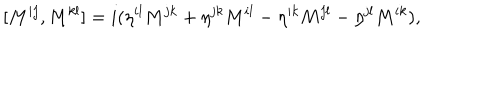
[ M ^ { i j } , M ^ { k l } ] = i ( \eta ^ { i l } M ^ { j k } + \eta ^ { j k } M ^ { i l } - \eta ^ { i k } M ^ { j l } - \eta ^ { j l } M ^ { i k } ) ,